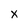
Character: x